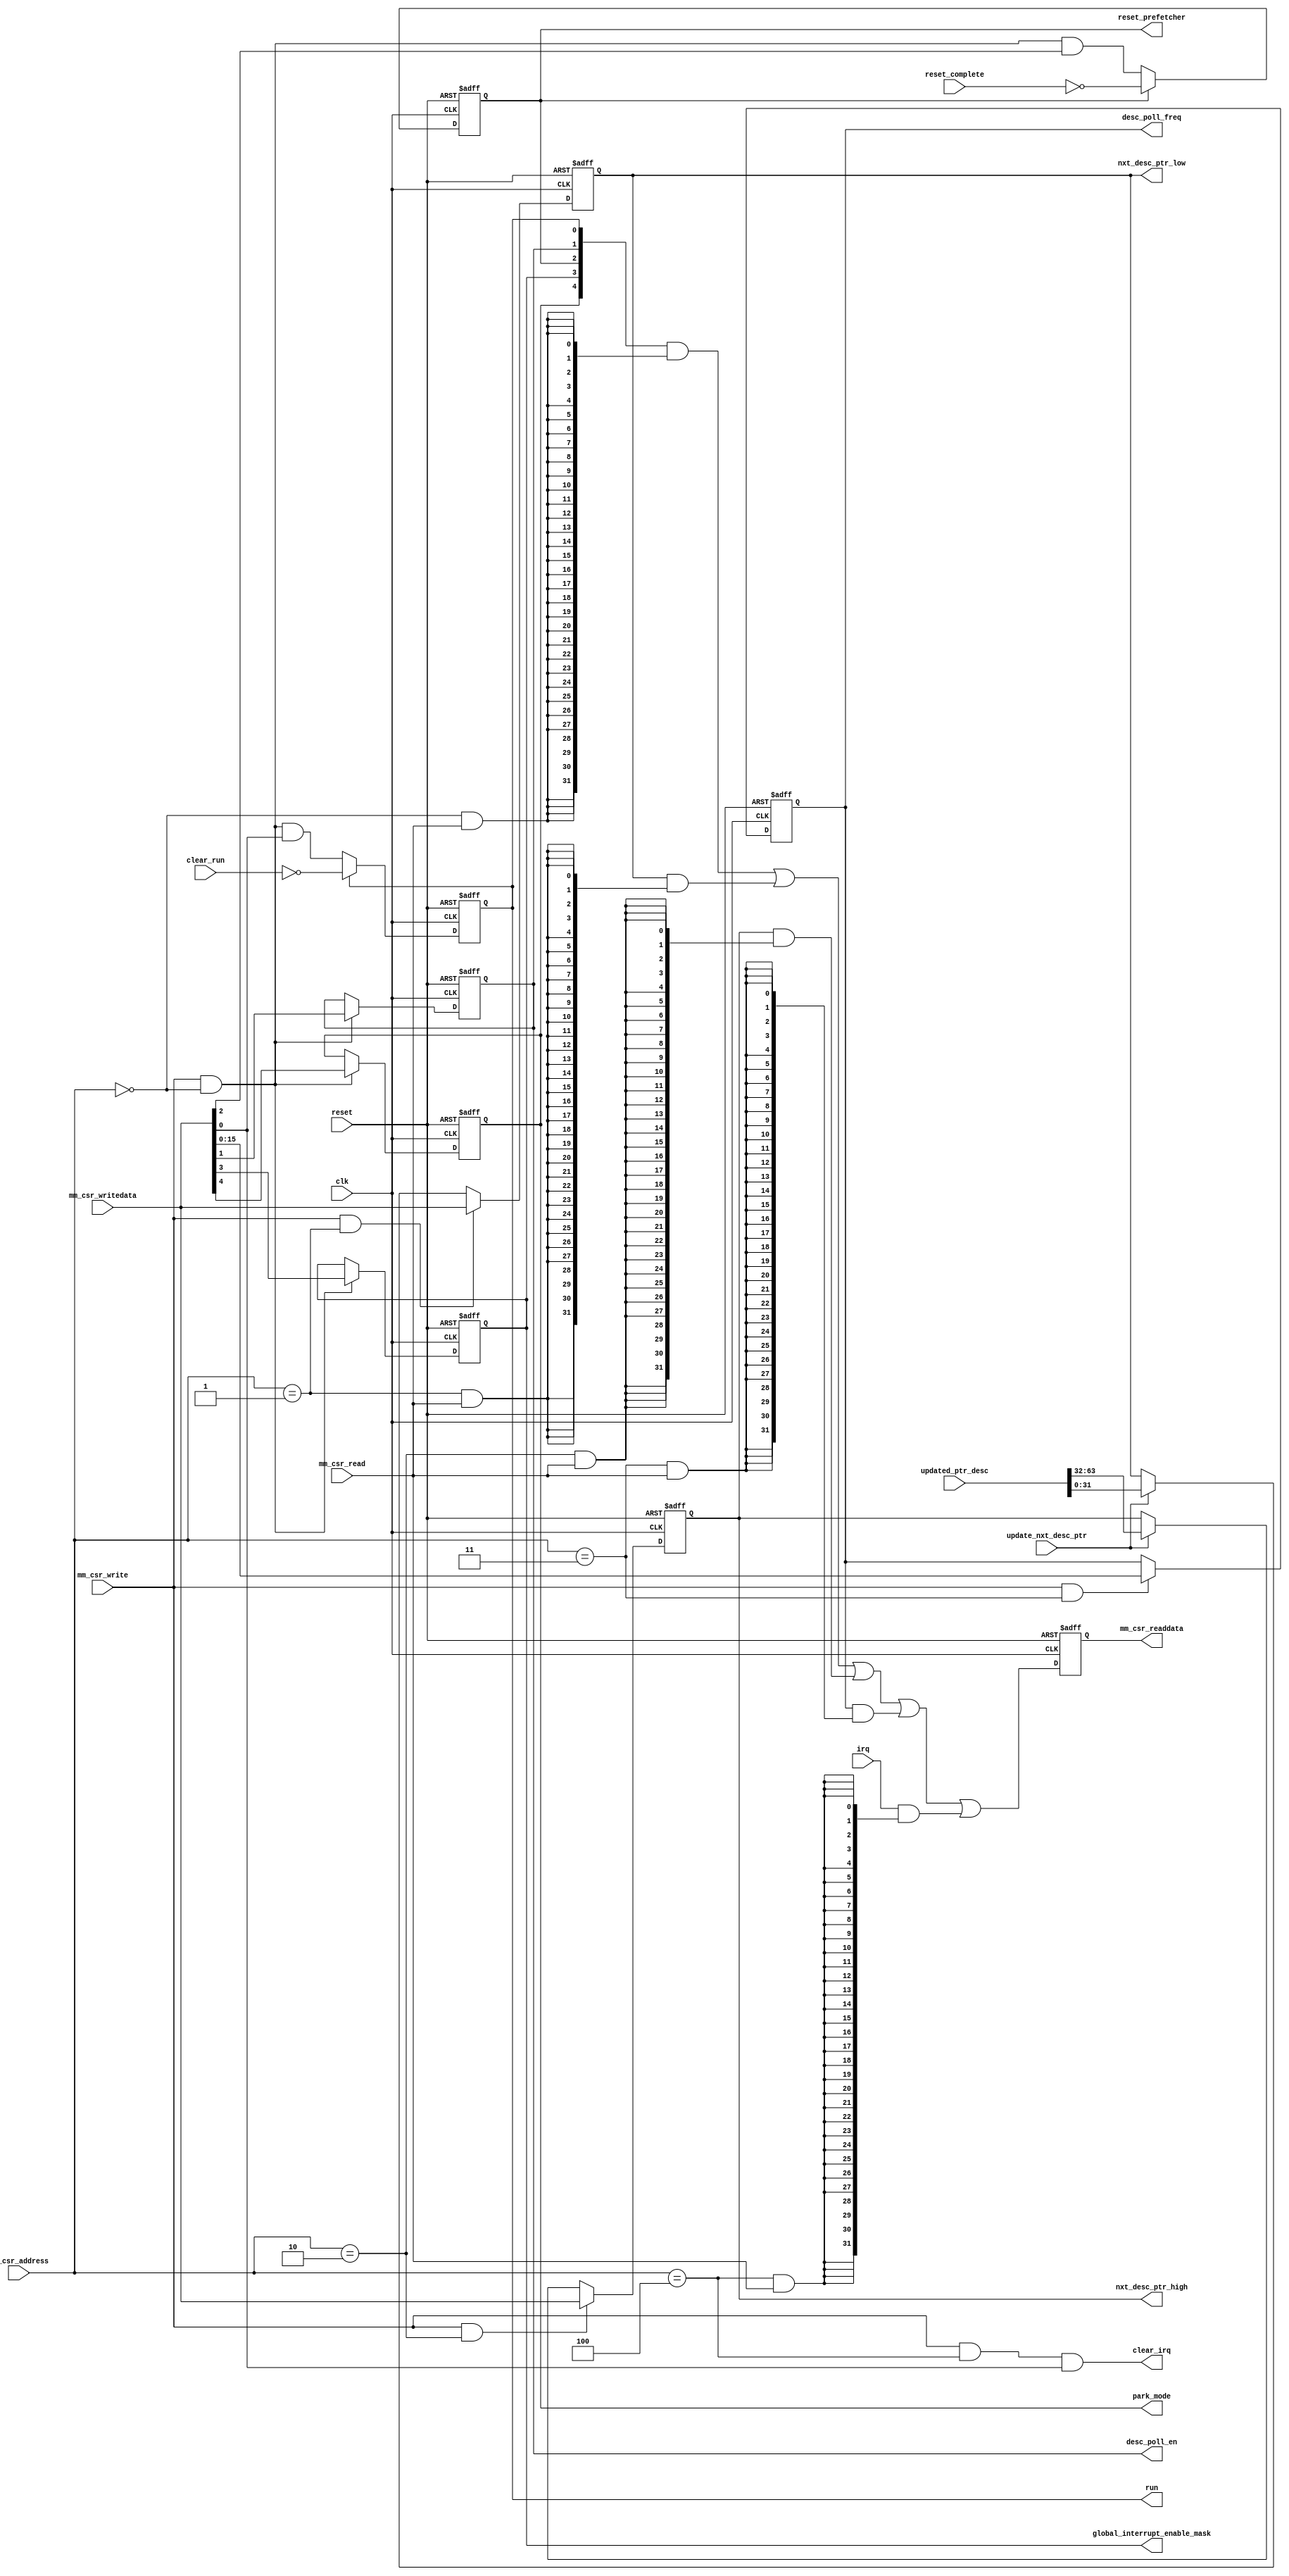
// (C) 2001-2020 Intel Corporation. All rights reserved.
// Your use of Intel Corporation's design tools, logic functions and other 
// software and tools, and its AMPP partner logic functions, and any output 
// files from any of the foregoing (including device programming or simulation 
// files), and any associated documentation or information are expressly subject 
// to the terms and conditions of the Intel Program License Subscription 
// Agreement, Intel FPGA IP License Agreement, or other applicable 
// license agreement, including, without limitation, that your use is for the 
// sole purpose of programming logic devices manufactured by Intel and sold by 
// Intel or its authorized distributors.  Please refer to the applicable 
// agreement for further details.


// synthesis translate_off
`timescale 1ns / 1ps
// synthesis translate_on

module altera_msgdma_prefetcher_csr (
    input               clk,
    input               reset,

    input [2:0]         mm_csr_address,
    input               mm_csr_write,
    input               mm_csr_read,
    input [31:0]        mm_csr_writedata,

    output reg [31:0]   mm_csr_readdata,

    input               clear_run,
    input               reset_complete,
    input               irq,
    input               update_nxt_desc_ptr,
    input [63:0]        updated_ptr_desc,

    output reg          run,
    output reg          reset_prefetcher,
    output              clear_irq,
    output reg [31:0]   nxt_desc_ptr_low,
    output reg [31:0]   nxt_desc_ptr_high,
    output reg          desc_poll_en,
    output reg [15:0]   desc_poll_freq,
    output reg          global_interrupt_enable_mask,
    output reg          park_mode

);


wire        control_access;
wire        nxt_desc_ptr_low_access;
wire        nxt_desc_ptr_high_access;
wire        desc_poll_freq_access;
wire        status_access;
wire        reset_prefetcher_nxt;
wire        run_nxt;

wire [31:0] mm_csr_readdata_nxt;
wire [31:0] control_int;
wire [31:0] nxt_desc_ptr_low_int;
wire [31:0] nxt_desc_ptr_high_int;
wire [31:0] desc_poll_freq_int;
wire [31:0] status_int;

wire        control_read;
wire        nxt_desc_ptr_low_read;
wire        nxt_desc_ptr_high_read;
wire        desc_poll_freq_read;
wire        status_read;


//--------------------------------------------------------------------------------------------//
// address decode
//--------------------------------------------------------------------------------------------//
assign control_access               = (mm_csr_address == 3'h0);
assign nxt_desc_ptr_low_access      = (mm_csr_address == 3'h1);
assign nxt_desc_ptr_high_access     = (mm_csr_address == 3'h2);
assign desc_poll_freq_access        = (mm_csr_address == 3'h3);
assign status_access                = (mm_csr_address == 3'h4);

//--------------------------------------------------------------------------------------------//
// read decode
//--------------------------------------------------------------------------------------------//
assign control_read             = control_access & mm_csr_read;
assign nxt_desc_ptr_low_read    = nxt_desc_ptr_low_access & mm_csr_read; 
assign nxt_desc_ptr_high_read   = nxt_desc_ptr_high_access & mm_csr_read; 
assign desc_poll_freq_read      = desc_poll_freq_access & mm_csr_read;
assign status_read              = status_access & mm_csr_read;




//--------------------------------------------------------------------------------------------//
// park mode bit
//--------------------------------------------------------------------------------------------//
always @(posedge clk or posedge reset) begin
    if (reset)
        park_mode   <= 1'b0;
    else if (mm_csr_write & control_access)
        park_mode   <= mm_csr_writedata[4];
end



//--------------------------------------------------------------------------------------------//
// global interrupt enable mask bit
//--------------------------------------------------------------------------------------------//
always @(posedge clk or posedge reset) begin
    if (reset)
        global_interrupt_enable_mask    <= 1'b0;
    else if (mm_csr_write & control_access)
        global_interrupt_enable_mask   <= mm_csr_writedata[3];
end



//--------------------------------------------------------------------------------------------//
// reset prefetcher bit
//--------------------------------------------------------------------------------------------//
always @(posedge clk or posedge reset) begin
    if (reset)
        reset_prefetcher    <= 1'b0;
    else
        reset_prefetcher    <= reset_prefetcher_nxt;
end

assign reset_prefetcher_nxt = reset_prefetcher ? ~reset_complete : (mm_csr_write & control_access & mm_csr_writedata[2]); 



//--------------------------------------------------------------------------------------------//
// descriptor poll en bit
//--------------------------------------------------------------------------------------------//
always @(posedge clk or posedge reset) begin
    if (reset)
        desc_poll_en    <= 1'b0;
    else if (mm_csr_write & control_access)
        desc_poll_en   <= mm_csr_writedata[1];
end



//--------------------------------------------------------------------------------------------//
// run bit
//--------------------------------------------------------------------------------------------//
always @(posedge clk or posedge reset) begin
    if (reset)
        run     <= 1'b0;
    else
        run     <= run_nxt;
end

assign run_nxt = run ? ~clear_run : (mm_csr_write & control_access & mm_csr_writedata[0]); 



//--------------------------------------------------------------------------------------------//
// next descriptor pointer low
//--------------------------------------------------------------------------------------------//
always @(posedge clk or posedge reset) begin
    if (reset)
        nxt_desc_ptr_low    <= 32'h0;
    else if (mm_csr_write & nxt_desc_ptr_low_access)
        nxt_desc_ptr_low    <= mm_csr_writedata;
    else if (update_nxt_desc_ptr)
        nxt_desc_ptr_low    <= updated_ptr_desc[31:0];
end


//--------------------------------------------------------------------------------------------//
// next descriptor pointer high
//--------------------------------------------------------------------------------------------//
always @(posedge clk or posedge reset) begin
    if (reset)
        nxt_desc_ptr_high    <= 32'h0;
    else if (mm_csr_write & nxt_desc_ptr_high_access)
        nxt_desc_ptr_high    <= mm_csr_writedata;
    else if (update_nxt_desc_ptr)
        nxt_desc_ptr_high    <= updated_ptr_desc[63:32];
end




//--------------------------------------------------------------------------------------------//
// descriptor poll freq
//--------------------------------------------------------------------------------------------//
always @(posedge clk or posedge reset) begin
    if (reset)
        desc_poll_freq  <= 16'h0;
    else if (mm_csr_write & desc_poll_freq_access)
        desc_poll_freq  <= mm_csr_writedata[15:0];
end



//--------------------------------------------------------------------------------------------//
// irq status clear event 
//--------------------------------------------------------------------------------------------//
assign clear_irq = mm_csr_write & status_access & mm_csr_writedata[0];

//--------------------------------------------------------------------------------------------//
// readdata register
//--------------------------------------------------------------------------------------------//
always @(posedge clk or posedge reset) begin
    if (reset)
        mm_csr_readdata <= 32'h0;
    else
        mm_csr_readdata <= mm_csr_readdata_nxt;
end



assign control_int              = {27'h0, park_mode, global_interrupt_enable_mask, reset_prefetcher, desc_poll_en, run};
assign nxt_desc_ptr_low_int     = nxt_desc_ptr_low; 
assign nxt_desc_ptr_high_int    = nxt_desc_ptr_high; 
assign desc_poll_freq_int       = {16'h0, desc_poll_freq};
assign status_int               = {31'h0, irq};

assign mm_csr_readdata_nxt      =   (control_int            & {32{control_read}}            )   |
                                    (nxt_desc_ptr_low_int   & {32{nxt_desc_ptr_low_read}}   )   |
                                    (nxt_desc_ptr_high_int  & {32{nxt_desc_ptr_high_read}}  )   |
                                    (desc_poll_freq_int     & {32{desc_poll_freq_read}}     )   |
                                    (status_int             & {32{status_read}}             );



endmodule